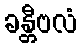
ခန္တီဗလံ